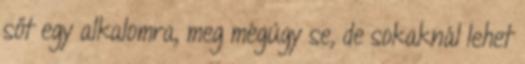
sőt egy alkalomra, meg mégúgy se, de sokaknál lehet